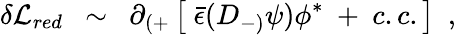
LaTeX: \delta{\cal L}_{red}~~\sim~~\partial_{(+}\left[~{\bar{\epsilon}}(D_{-)}\psi)\phi^{*}~+~c.c.\right]~~,